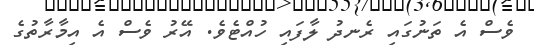
ވެސް އެ ތަނުގައި ރެނދު ލާފައި ހުއްޓެވެ. އޭރު ވެސް އެ އިމާރާތުގެ